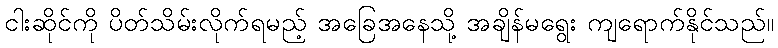
ငါးဆိုင်ကို ပိတ်သိမ်းလိုက်ရမည့် အခြေအနေသို့ အချိန်မရွေး ကျရောက်နိုင်သည်။